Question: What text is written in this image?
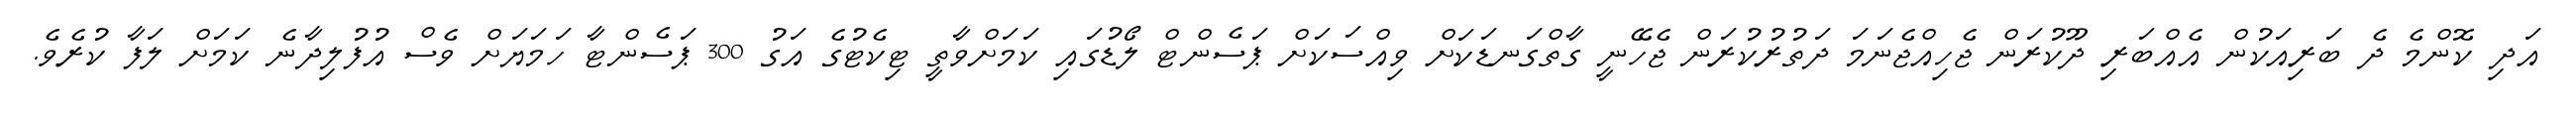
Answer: އަދި ކޮންމެ ދެ ބަރިއަކުން އެއްބަރި ދޫކުރަން ޖެހިއްޖެނަމަ ދަތުރުކުރަން ޖެހޭނީ ގާތްގަނޑަކަށް ވިއްސަކަށް ޕަސެންޓް ލޯޑުގައި ކަމަށްވާތީ ޓިކެޓުގެ އަގު 300 ޕަސެންޓާ ހަމަޔަށް ވެސް އުފުލިދާނެ ކަމަށް ލަފާ ކުރެވެ.